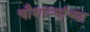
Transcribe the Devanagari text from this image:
चौथाऱ्यांच्या